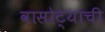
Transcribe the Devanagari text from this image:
वासोट्याची